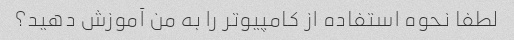
لطفا نحوه استفاده از کامپیوتر را به من آموزش دهید؟